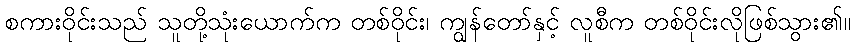
စကားဝိုင်းသည် သူတို့သုံးယောက်က တစ်ဝိုင်း၊ ကျွန်တော်နှင့် လူစီက တစ်ဝိုင်းလိုဖြစ်သွား၏။